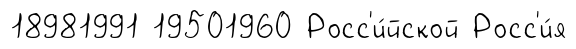
18981991 19501960 Росс'и́йской Росс'и́я